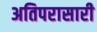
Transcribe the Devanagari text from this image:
अतिपरासारी